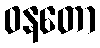
ဝနတော